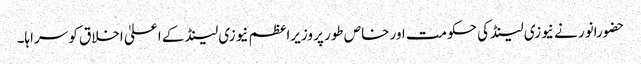
حضورانور نے نیوزی لینڈکی حکومت اور خاص طور پر وزیراعظم نیوزی لینڈ کے اعلیٰ اخلاق کو سراہا۔